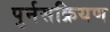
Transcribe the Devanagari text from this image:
पुर्नसक्रियण